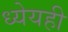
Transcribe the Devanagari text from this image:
ध्येयही